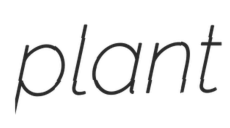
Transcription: plant